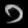
Digit: ၁